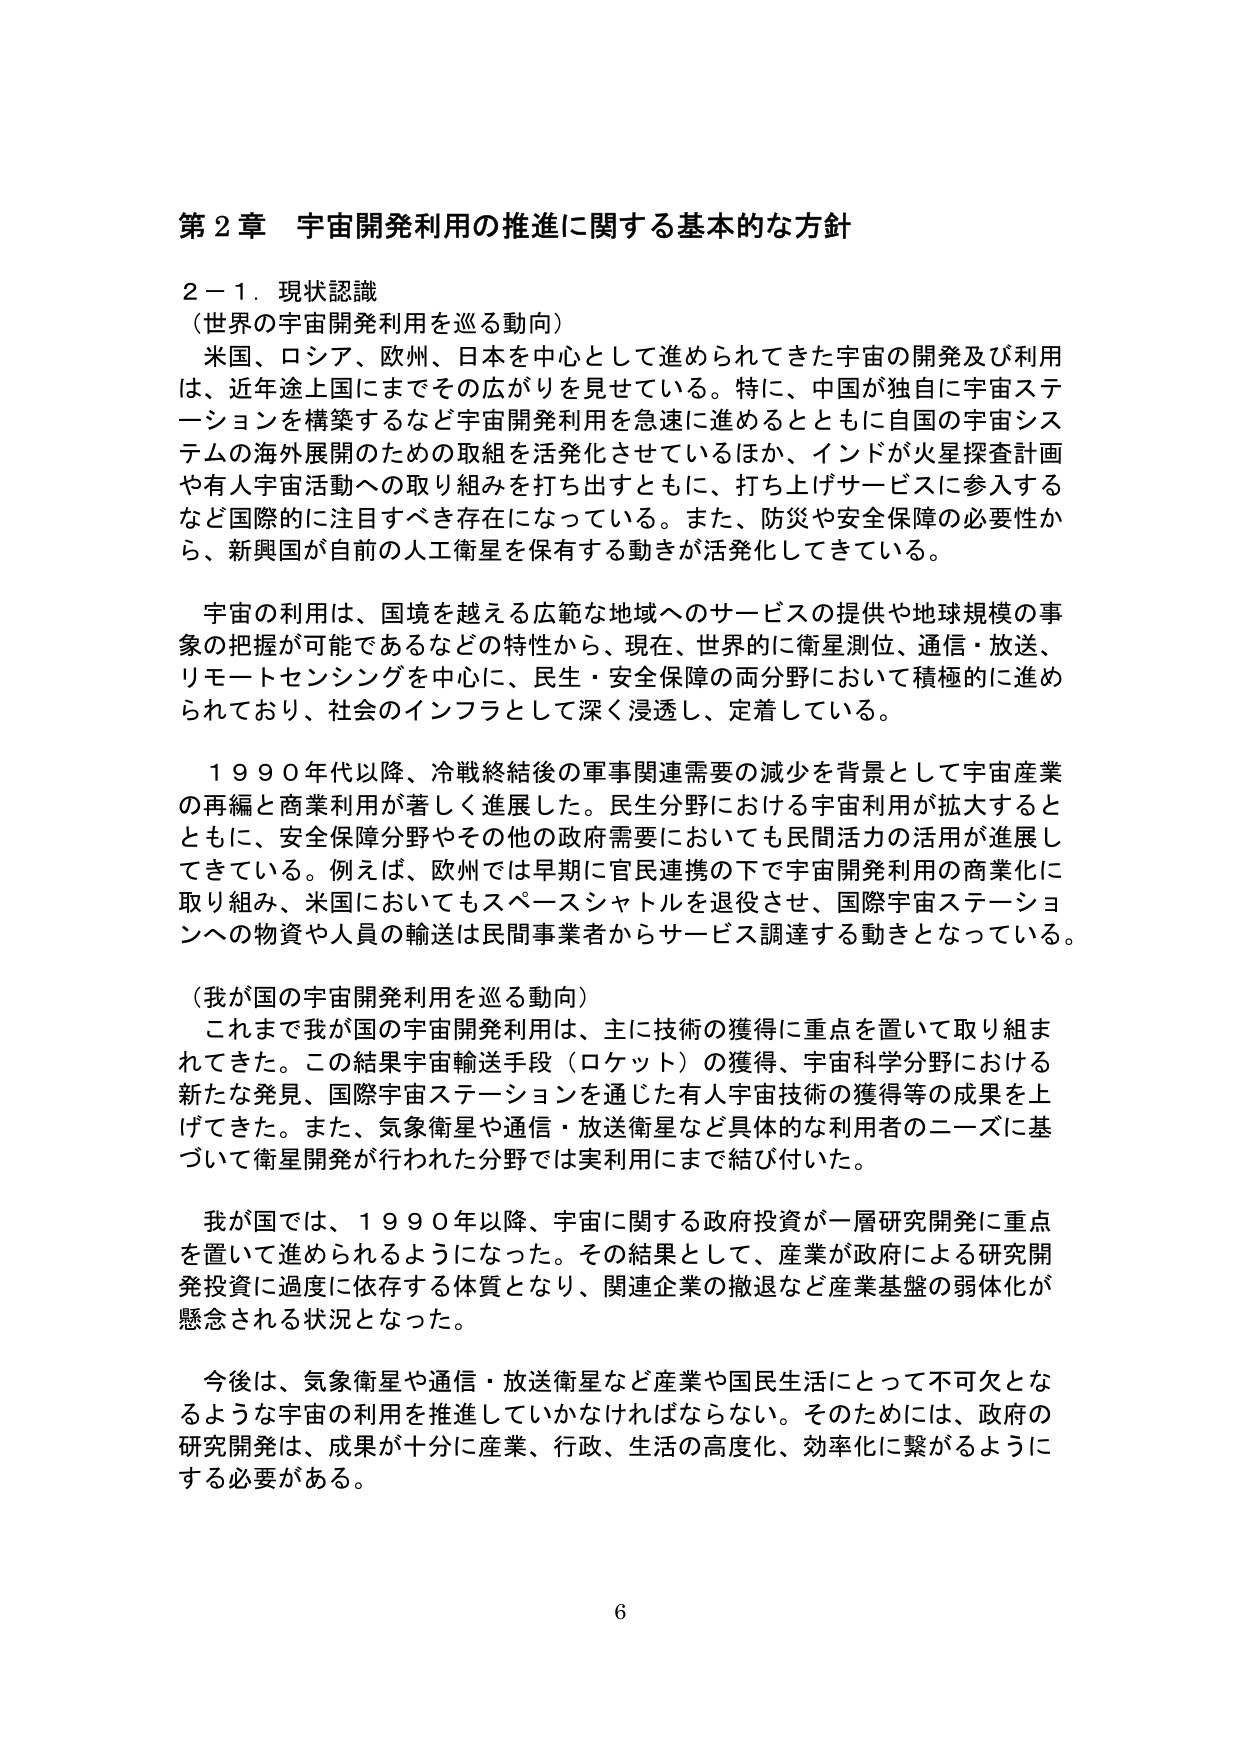
第２章 宇宙開発利用の推進に関する基本的な方針

２－１．現状認識
（世界の宇宙開発利用を巡る動向）
　米国、ロシア、欧州、日本を中心として進められてきた宇宙の開発及び利用は、近年途上国にまでその広がりを見せている。特に、中国が独自に宇宙ステーションを構築するなど宇宙開発利用を急速に進めるとともに自国の宇宙システムの海外展開のための取組を活発化させているほか、インドが火星探査計画や有人宇宙活動への取り組みを打ち出すとともに、打ち上げサービスに参入するなど国際的に注目すべき存在になっている。また、防災や安全保障の必要性から、新興国が目前の人工衛星を保有する動きが活発化してきている。

　宇宙の利用は、国境を越える広範な地域へのサービスの提供や地球規模の事象の把握が可能であるなどの特性から、現在、世界的に衛星測位、通信・放送、リモートセンシングを中心に、民生・安全保障の両分野において積極的に進められており、社会のインフラとして深く浸透し、定着している。

　１９９０年代以降、冷戦終結後の軍事関連需要の減少を背景として宇宙産業の再編と商業利用が著しく進展した。民生分野における宇宙利用が拡大するとともに、安全保障分野やその他の政府需要においても民間活力の活用が進展してきている。例えば、欧州では早期に官民連携の下で宇宙開発利用の商業化に取り組み、米国においてもスペースシャトルを退役させ、国際宇宙ステーションへの物資や人員の輸送は民間事業者からサービス調達する動きとなっている。

（我が国の宇宙開発利用を巡る動向）
　これまで我が国の宇宙開発利用は、主に技術の獲得に重点を置いて取り組まれてきた。この結果宇宙輸送手段（ロケット）の獲得、宇宙科学分野における新たな発見、国際宇宙ステーションを通じた有人宇宙技術の獲得等の成果を上げてきた。また、気象衛星や通信・放送衛星など具体的な利用者のニーズに基づいて衛星開発が行われた分野では実利用にまで結び付いた。

　我が国では、１９９０年以降、宇宙に関する政府投資が一層研究開発に重点を置いて進められるようになった。その結果として、産業が政府による研究開発投資に過度に依存する体質となり、関連企業の撤退など産業基盤の弱体化が懸念される状況となった。

　今後は、気象衛星や通信・放送衛星など産業や国民生活にとって不可欠となるような宇宙の利用を推進していかなければならない。そのためには、政府の研究開発は、成果が十分に産業、行政、生活の高度化、効率化に繋がるようにする必要がある。

6